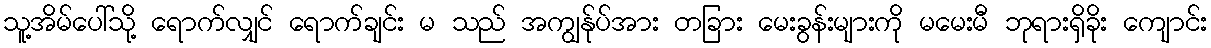
သူ့အိမ်ပေါ်သို့ ရောက်လျှင် ရောက်ချင်း မ သည် အကျွန်ုပ်အား တခြား မေးခွန်းများကို မမေးမီ ဘုရားရှိခိုး ကျောင်း